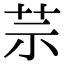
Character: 䒬